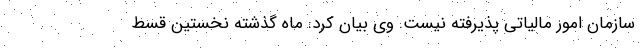
سازمان امور مالیاتی پذیرفته نیست. وی بیان کرد: ماه گذشته نخستین قسط